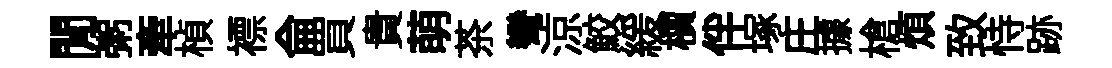
閒粥牽楨褾侖買貴萌茶彎涼鮫緩檟伴塚庄據槍煩致恃跡